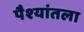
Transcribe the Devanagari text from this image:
पैश्‍यांतला